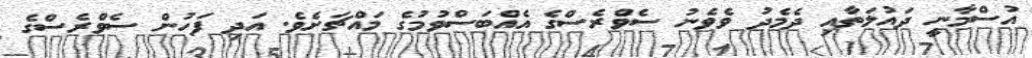
އުސްމާނީ ދައުލަތާއި ދެމެދު ވެވެނު ސެވްރެސްގެ އެއްބަސްވުމުގެ މައްޗަށެވެ. އަދި ފަހުން ސެވްރެސްގެ